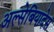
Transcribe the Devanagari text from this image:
अल्सेबियादेस